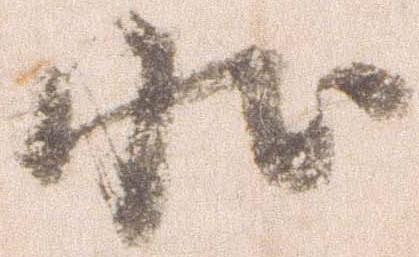
状